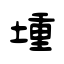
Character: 堹